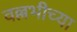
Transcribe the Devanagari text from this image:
वल्लभीच्या